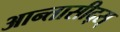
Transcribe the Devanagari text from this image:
आन्तासीद्स्